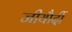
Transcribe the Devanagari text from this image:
जीयौर्दी